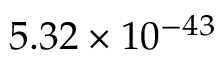
5 . 3 2 \times 1 0 ^ { - 4 3 }